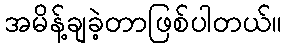
အမိန့်ချခဲ့တာဖြစ်ပါတယ်။